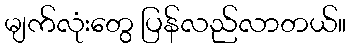
မျက်လုံးတွေ ပြန်လည်လာတယ်။